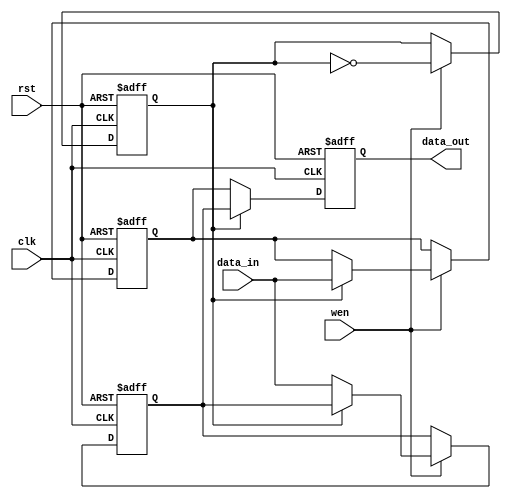
module double_buffer_register #(
    parameter DATA_WIDTH = 8  // Define the width of the data
)(
    input wire clk,            // Clock signal
    input wire rst,            // Asynchronous reset
    input wire wen,            // Write enable signal
    input wire [DATA_WIDTH-1:0] data_in, // Data input
    output reg [DATA_WIDTH-1:0] data_out // Data output
);

    // Internal registers for double buffering
    reg [DATA_WIDTH-1:0] Reg_A;
    reg [DATA_WIDTH-1:0] Reg_B;
    reg toggle; // Control signal to toggle between registers

    // Asynchronous reset and data writing
    always @(posedge clk or posedge rst) begin
        if (rst) begin
            // Reset both registers and toggle signal
            Reg_A <= 0;
            Reg_B <= 0;
            toggle <= 0;
            data_out <= 0;
        end else begin
            if (wen) begin
                // Write data to the active register based on toggle
                if (toggle) begin
                    Reg_A <= data_in; // Write to Reg_A
                end else begin
                    Reg_B <= data_in; // Write to Reg_B
                end
                // Toggle the active register for the next write
                toggle <= ~toggle;
            end
            // Output the data from the non-active register
            if (toggle) begin
                data_out <= Reg_B; // Output from Reg_B
            end else begin
                data_out <= Reg_A; // Output from Reg_A
            end
        end
    end

endmodule